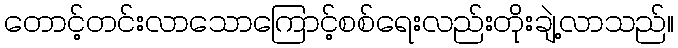
တောင့်တင်းလာသောကြောင့်စစ်ရေးလည်းတိုးချဲ့လာသည်။